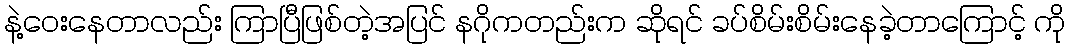
နဲ့ဝေးနေတာလည်း ကြာပြီဖြစ်တဲ့အပြင် နဂိုကတည်းက ဆိုရင် ခပ်စိမ်းစိမ်းနေခဲ့တာကြောင့် ကို